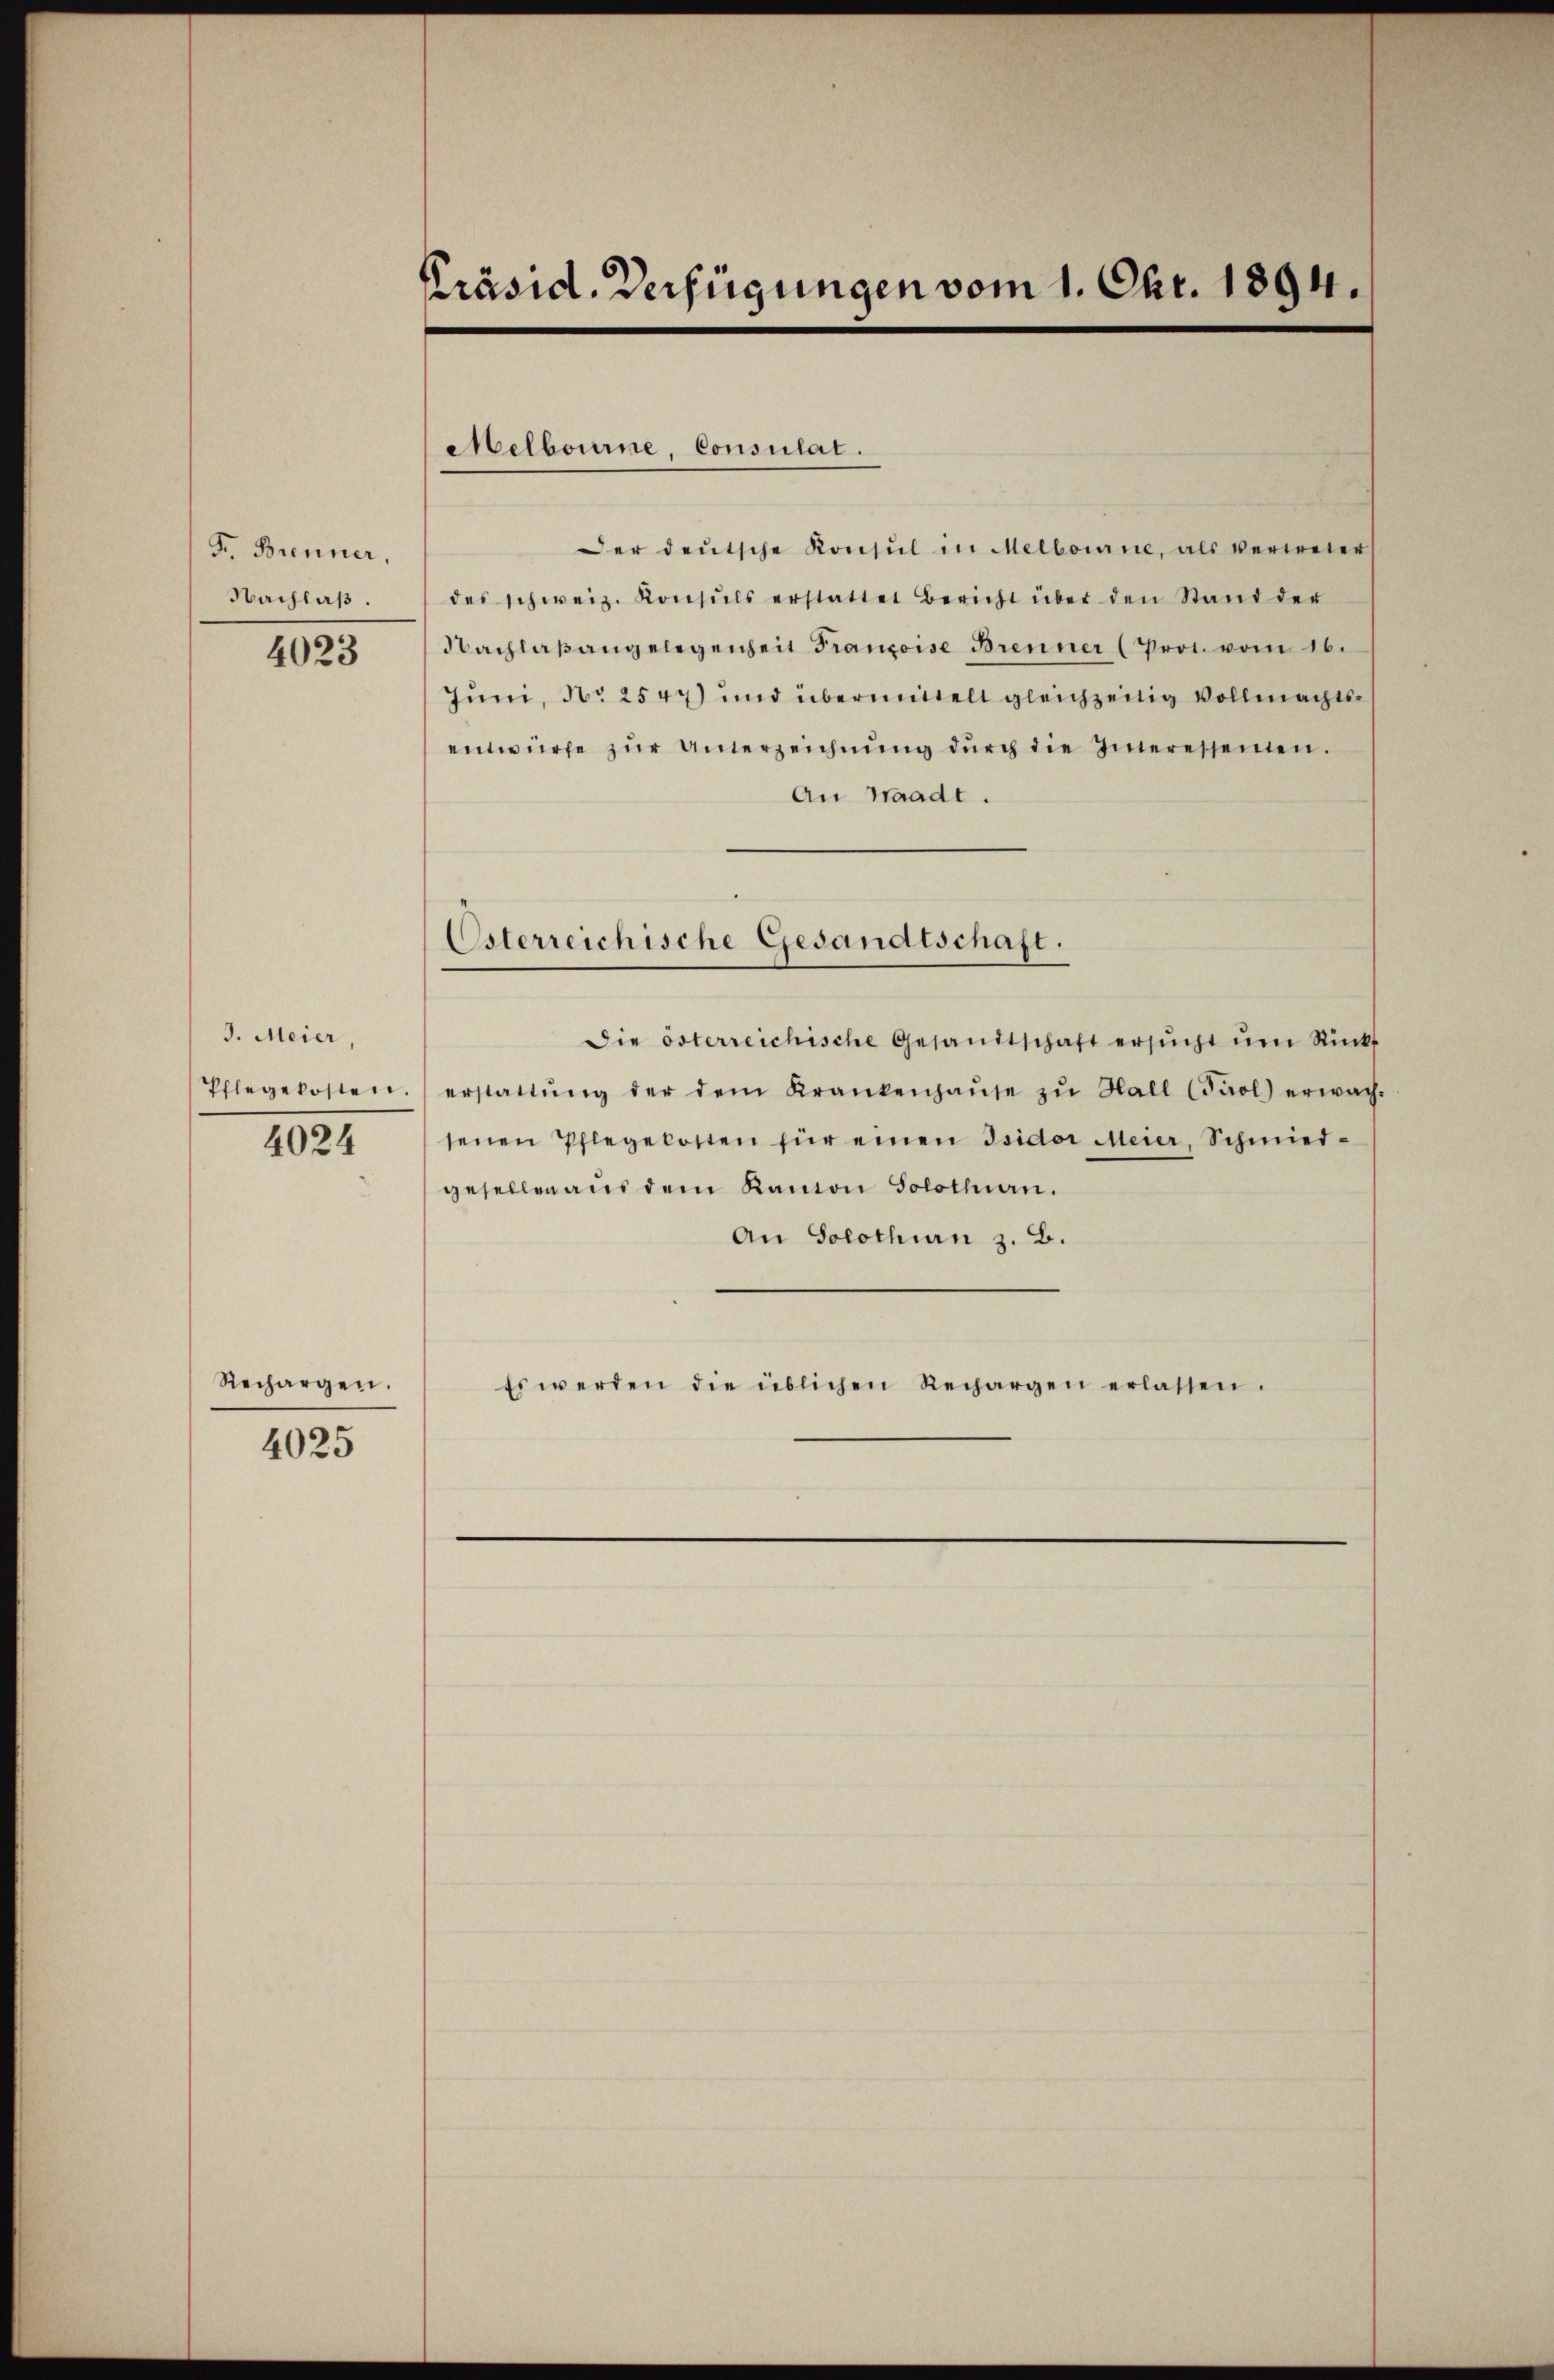
Fr. Brenner,
Nachlaß.

4023

J. Meier,
Pflegekosten.
4024

Rechargen.

4025

Präsid. Verfügungen vom 1. Okt. 1894.

Melbourne, Consulat.

Osterreichische Gesandtschaft.

Der deŭtsche Konsul in Melbourne, als verweter
des schweiz. Konsuls erstattet Bericht über den Stand der
Nachlaßangelegenheit Franzoise Brenner (Prot. vom 16.
Juni, No 2547) und übermittelt gleichzeitig Vollmachtsentwürfe zŭr Unterzeichnŭng dŭrch die Inneressenten.
An Waadt.
Die österreichische Gesandtschaft ersŭcht ŭm Rücks
erstattŭng der dem Krankenhaŭse zŭ Hall (Paol) erwach-
senen Pflegekosten für einen Isidor Meier, Schmied-
gesellen aus dem Ramon Solothurn.
An Solothin z. B.
Es werden die üblichen Rechargen erlassen.